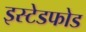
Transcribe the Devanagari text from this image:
इस्टेडफोड